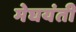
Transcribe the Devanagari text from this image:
मेघयंती